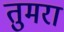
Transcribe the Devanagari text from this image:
तुमरा